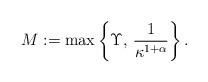
LaTeX: \begin{align*}M := \max\left\{\Upsilon,\, \frac{1}{\kappa^{1+\alpha}}\right\}.\end{align*}